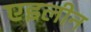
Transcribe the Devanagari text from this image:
एइलीन